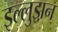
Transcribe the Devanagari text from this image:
इल्लुझ़न